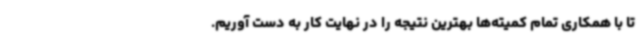
تا با همکاری تمام کمیته‌ها بهترین نتیجه را در نهایت کار به دست آوریم.